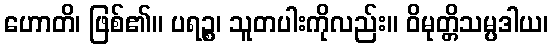
ဟောတိ၊ ဖြစ်၏။ ပရဉ္စ၊ သူတပါးကိုလည်း။ ဝိမုတ္တိသမ္ပဒါယ၊